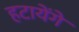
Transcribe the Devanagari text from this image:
हटायेंगे